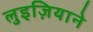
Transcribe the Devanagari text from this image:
लुइज़ियाने